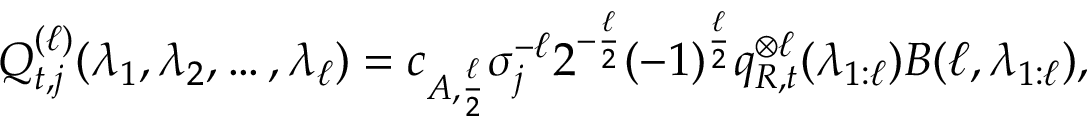
\begin{array} { r } { Q _ { t , j } ^ { ( \ell ) } ( \lambda _ { 1 } , \lambda _ { 2 } , \ldots , \lambda _ { \ell } ) = c _ { A , \frac { \ell } { 2 } } \sigma _ { j } ^ { - \ell } 2 ^ { - \frac { \ell } { 2 } } ( - 1 ) ^ { \frac { \ell } { 2 } } q _ { R , t } ^ { \otimes \ell } ( \lambda _ { 1 : \ell } ) B ( \ell , \lambda _ { 1 : \ell } ) , } \end{array}